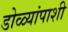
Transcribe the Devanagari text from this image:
डोळ्यांपाशी